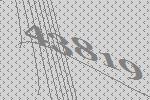
43819